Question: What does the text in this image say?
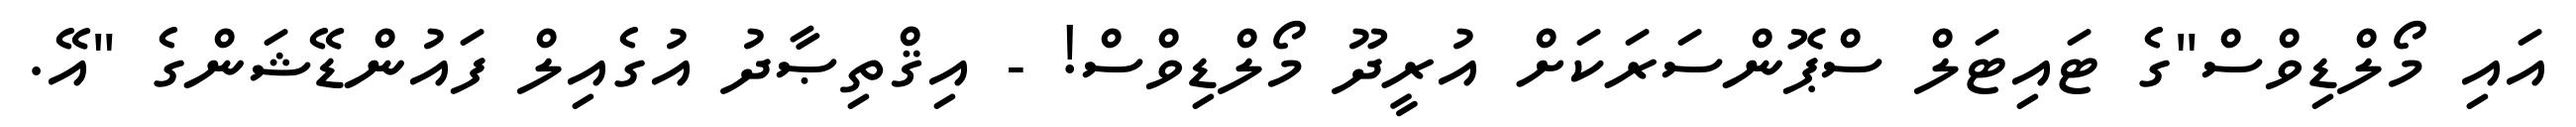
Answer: އައި މޯލްޑިވްސް"ގެ ޓައިޓަލް ސްޕޮންސަރަކަށް އުރީދޫ މޯލްޑިވްސް! - އިޤްތިޞާދު އުގެއިލް ފައުންޑޭޝަންގެ "އޭ.